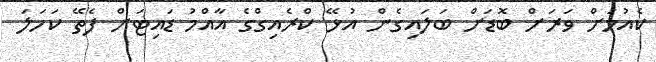
ކެއުމަށް ވަރަށް ބޮޑަށް ބަލައިގެން އުޅޭ ކްރެއިގްގެ އާއްމު ޑައިޓަށް ފެތޭ ކަހަލަ